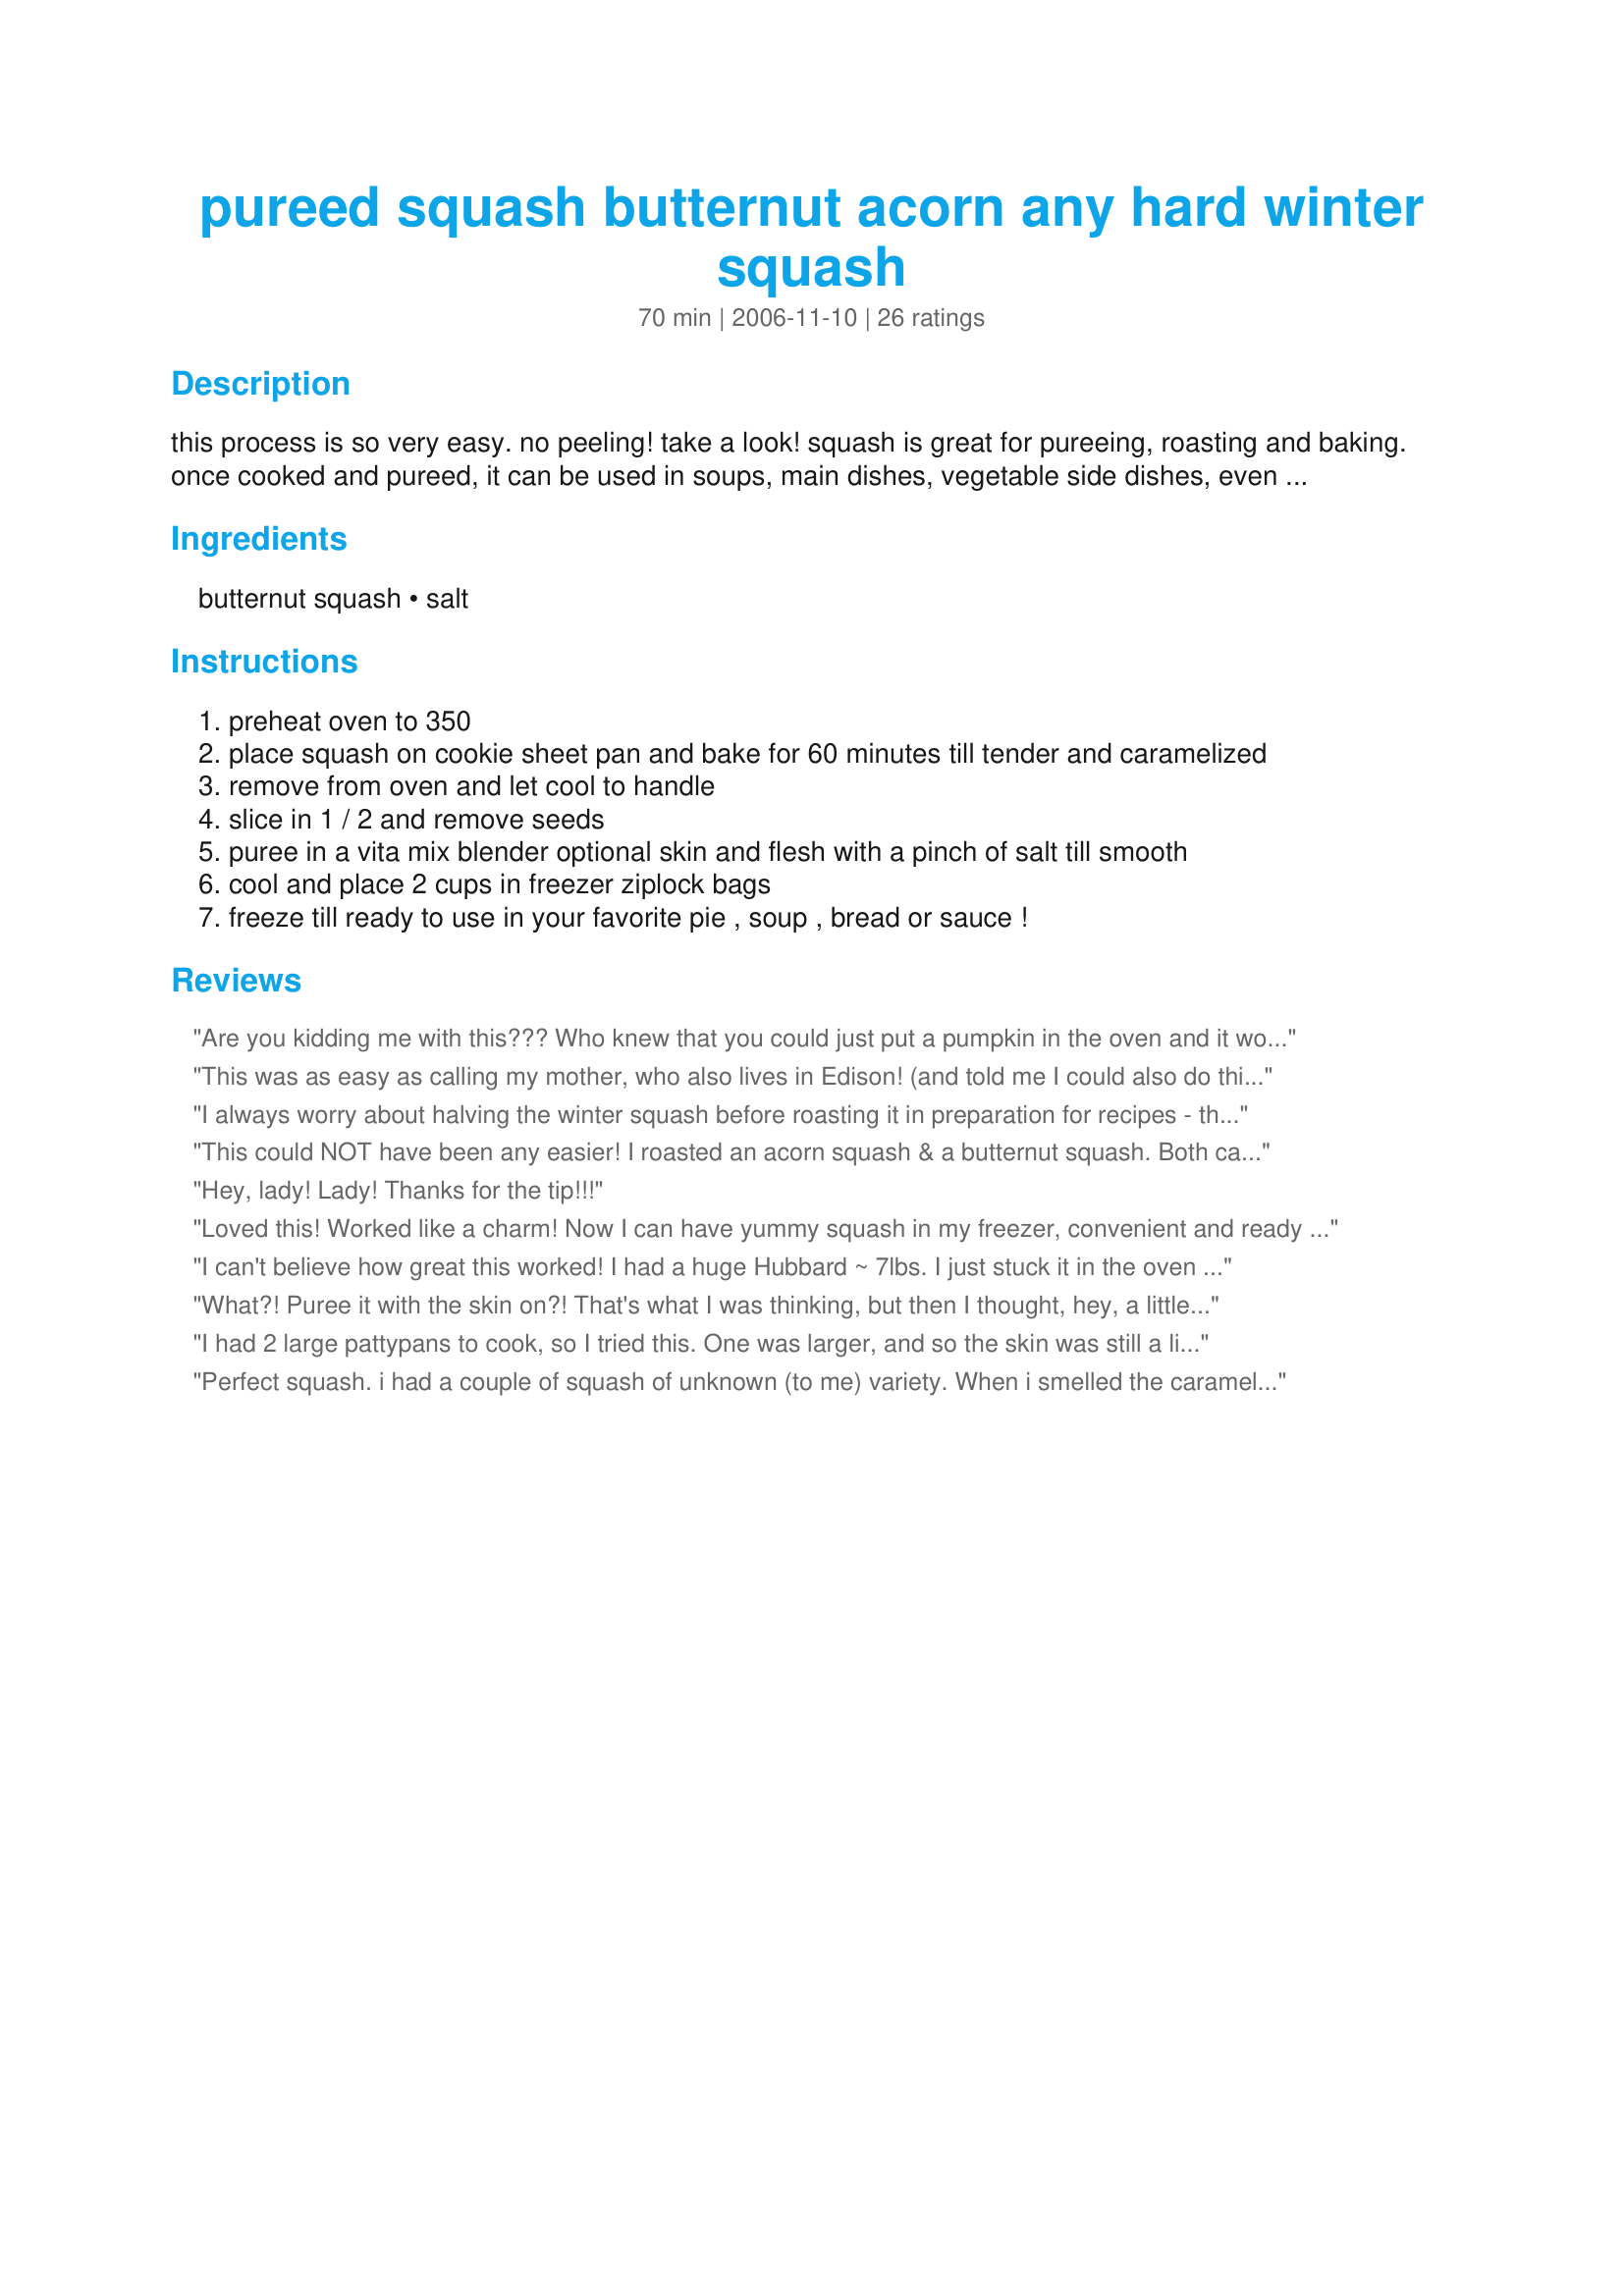
pureed squash butternut acorn any hard winter squash
Preparation time: 70 minutes

this process is so very easy. no peeling! take a look!
squash is great for pureeing, roasting and baking. once cooked and pureed, it can be used in soups, main dishes, vegetable side dishes, even breads, muffins, custards and pies.
the skin has many nutrients so go ahead and use it. or peel and discard. but you will never know it's in the puree.
dress any cooked winter squash with butter and herbs, a cream sauce, cheese sauce, maple syrup, candied ginger, spices and or nuts.

Ingredients:
butternut squash, salt

Steps:
preheat oven to 350
place squash on cookie sheet pan and bake for 60 minutes till tender and caramelized
remove from oven and let cool to handle
slice in 1 / 2 and remove seeds
puree in a vita mix blender optional skin and flesh with a pinch of salt till smooth
cool and place 2 cups in freezer ziplock bags
freeze till ready to use in your favorite pie , soup , bread or sauce !

Reviews:
Are you kidding me with this??? Who knew that you could just put a pumpkin in the oven and it would be ready in an hour. For goodness sakes, I will never buy pumpkin in a can again! I used 2 small pumpkins which must have been 2 different varieties (one from the local patch and one from my coop organic box) because 1 had a super soft skin and I could puree it and the other was harder than a rock (and when I cut it open the pumpkin just fell off the skin into the center which was very cool). Thanks for posting!!
This was as easy as calling my mother, who also lives in Edison! (and told me I could also do this in the pressure cooker) I have lots of butternut squash and cheese pumpkins to use that I got from my farm share at Rutgers. Thank you!
I always worry about halving the winter squash before roasting it in preparation for recipes - this is the solution! Who knew you could bake it whole? Now, I have to admit, I didn't puree the skin on - I peeled it off, but that's an easy job. I made two butternut squash, and got four 1 1/2 cup baggies of pureed squash, using my food processor. This is so easy, and I can't see myself doing it any other way from her on in! I used some to make recipe #447024 - delicious - and I can definately say that wouldn't have been made today if not for this recipe! Thanks, Rita~! Made for Veggie Swap 30 - January 2011.
This could NOT have been any easier! I roasted an acorn squash & a butternut squash. Both came out perfect. I then mashed some of each w/a bit of half-n-half and butter. Like mashed potatoes only way healthier!! I can't wait to go buy more squash to roast a bunch to freeze. THANKS!!
Hey, lady! Lady! Thanks for the tip!!!
Loved this! Worked like a charm! Now I can have yummy squash in my freezer, convenient and ready when I want it! Thanks Rita! You ROCK!
I can't believe how great this worked! I had a huge Hubbard ~ 7lbs. I just stuck it in the oven and 2 hours later it was done. I easily scooped out the flesh and froze it as is. Thank you for sharing.
What?! Puree it with the skin on?! That's what I was thinking, but then I thought, hey, a little extra fiber can only be good. And so it was. I chopped off the bit of stem, the bit at the bottom, and of course removed the seeds -- but the regular food processor handled my butternut squash just perfectly - skin and all. So simple, and who would have thought...
I had 2 large pattypans to cook, so I tried this. One was larger, and so the skin was still a little tough, even after 1 1/4 hours. I roasted garlic bulbs alongside the squash too. I will use the paste when I serve the squash. I used a Bosch blender, which blended it pretty well. However, there were still a few small chunks of skin, probably from the larger squash. Mine didn't get caramelized, but I added some margarine and garlic powder when pureeing, plus some water bcz the blender would get bogged down a little.
Perfect squash.

i had a couple of squash of unknown (to me) variety. When i smelled the caramelising, i pulled them from the oven. If i had turned them over, the other side might have caramelised a bit; worth trying because the skin pulls away by itself!

i mashed (not being in my own kitchen and having appliances) them with a tbsp. butter, tsp. demerara sugar, freshly ground pepper. Scrumptious!
Wow, I can't believe I forgot to rate this. I processed 2 butternut and 1 acorn using your method. I have since used it in pie recipes and it has been fantastic. I love the fact that you don't have to cut through the skin while it's hard--it's so much easier to handle when it's soft from cooking. I did use a regular blender (I'd love a Vita-Mix, I just can't justify it, yet!) and it took a little work to get the skin all chopped up (note to self: don't stick a wooden spoon down into the blades...), but it did eventually whip up beautifully. I love that this recipe uses the skin as well as the flesh. Thank You!!
This is a GREAT technique! I grew butternuts in my garden this year and was wondering what to do withthem. I roasted 3 of them at the same time. Super easy! I pureed them skin and all in my food processor. It was quick and the skin blended right in! I froze them in 2 c. increments. This will be great for soups and breads! Thanks so much for the great tip!
i have baked squash for years! Love this way. I mash it instead of putting it in a blender.
I used this method for making your Recipe #49853. Perfect and so simple. Thanks! :)
Great idea! And for those who love pumpkin pie, winter squash is so close to it, you can easily make pies & muffins with it. Thanks for the baking tips.
Thank you, thank you, thank you...My neighbor brought over 5 acorn squash and I really didn't want to even cut them in half. I just wanted to put them on a tray in the oven and bake them. Your recipe gave me the confidence to do just that! I didn't puree the skins (it seemed like that would work better with butternut squash). I made Kittencal's Delicious Acorn Squash Soup(71141)--yum!
Perfect. I gashed the skin, as I was afraid it would blow up in the oven, my knife was not sharp enough to remove the top. Used to make your Recipe #69271 I would use this anytime I want pureed squash as it definitely seems like the best way
I cooked my butternut squash this way last night and it was amazing! It sliced so easily and the seeds came out effortlessly! I'm so glad to have this trick, thanks for posting Rita!
hey this was awesome... i didn't know you could roast a whole squash without burning down the house. sooo much easier than peeling and chopping a raw giant squash. i used this technique with a pumpkin, and made soup out of the results. sweetness!
This was wonderfully easy! I just mashed ours with a fork instead of pureeing it. Really good.
Super easy. I composted the skin instead of using it, but this is the easiest way to cook hard winter squash I've found. Thanks!
This was so easy. I actually didn't use the skin because I only have a food processor and wasn't sure if the old thing could puree it small enough. I put 5-7 squash on a cookie sheet and do this...sometimes it takes a bit longer. I freeze it in different size amounts and use it anywhere pumpkin or squash is called for. I also use it as a fat substitute (like applesauce) it works very well in any baked goods I have ever used it in. If you grow squash in your garden and have a great crop this is a sneaky way to use it without everybody saying "not again".
I use this recipe all the time! It works great even for the bigger Kabochas (bake time is a little longer). On tall Kabochas I wrap the stem in foil to prevent burning, then rotate about halfway for even baking. The flesh comes out so tender it just melts away and mashes easily with a spoon. Just posted about this recipe on my garden blog, thank you Rita!
This is just awesome! I've almost lost fingers trying to cut squash in the past - but never again!
this was a great way to cook the squash, no fighting with the peel. It cooked up perfect and is waiting in the freezer to use later. Thanks!
This was soooooooo great!!! I chopped off the top stem and just put the squash into the oven. I did peel this because I'm making a really smooth soup with it, but it just slid right out! I can't believe how easy this was. I'll forever be using this method. Thank you so much.
